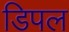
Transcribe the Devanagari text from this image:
डिपल